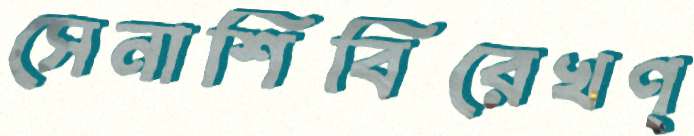
সেনাশিবিরেখণ্